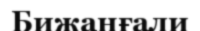
Бижанғали